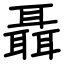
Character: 聶